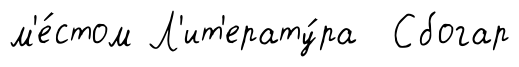
м'е́стом Л'ит'ерату́ра Сбогар